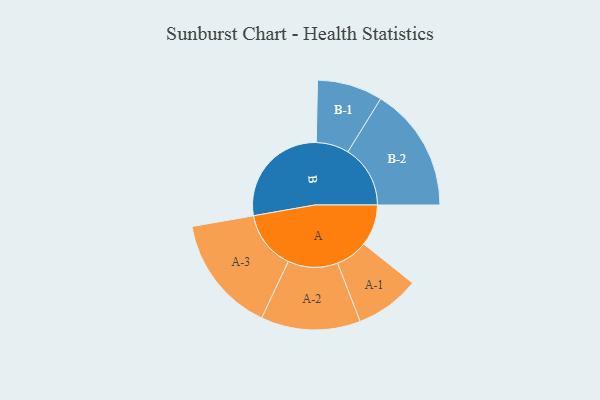
{"axis": {"x": "Segment", "y": "Value"}, "legend": ["", "A", "B"], "data": [{"x": "A", "y": 177, "type": ""}, {"x": "B", "y": 463, "type": ""}, {"x": "A-1", "y": 138, "type": "A"}, {"x": "A-2", "y": 213, "type": "A"}, {"x": "A-3", "y": 251, "type": "A"}, {"x": "B-1", "y": 140, "type": "B"}, {"x": "B-2", "y": 267, "type": "B"}]}